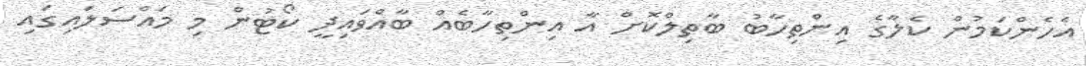
އެހެންކަމުން ކެލާގެ އިންތިހާބު ބާތިލްކޮށް އާ އިންތިހާބެއް ބާއްވައިދީ ކޯޓުން މި މައްސަލައިގައި